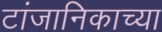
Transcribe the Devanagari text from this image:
टांजानिकाच्या